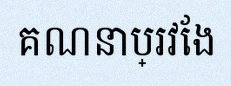
គណនាប្រវែង